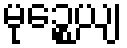
မုဉ္စေယျ